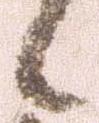
候